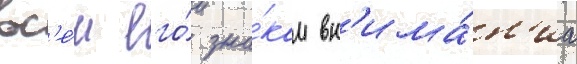
вс'е́м его́ зна́кам вн'има́н'иа